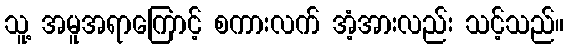
သူ့ အမူအရာကြောင့် စကားလက် အံ့အားလည်း သင့်သည်။